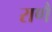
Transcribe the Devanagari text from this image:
राणै